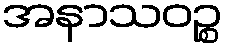
အနာသဝဉ္စ